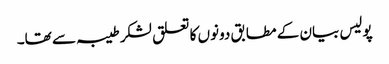
پولیس بیان کے مطابق دونوں کا تعلق لشکر طیبہ سے تھا۔